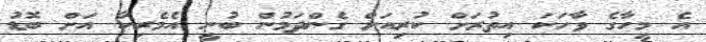
އެ މީހާގެ ވާހަކަ އިތުރަށް ކުރިއަށް ގެންދަމުން ބުނީ އެމެރިކާ އަށް ބޮޑު